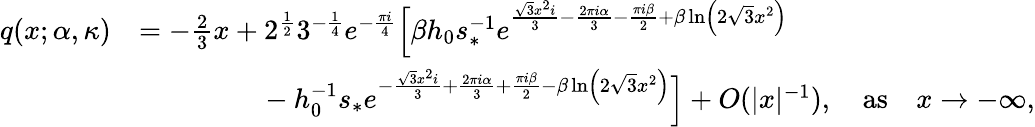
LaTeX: \begin{array}{rl}{q(x;\alpha,\kappa)}&{=-\frac{2}{3}x+2^{\frac{1}{2}}3^{-\frac{1}{4}}e^{-\frac{\pi i}{4}}\Big[{\beta}h_{0}s_{*}^{-1}e^{\frac{\sqrt{3}x^{2}i}{3}-\frac{2\pi i\alpha}{3}-\frac{\pi i{\beta}}{2}+{\beta}\ln\left(2\sqrt{3}x^{2}\right)}}\\ &{\qquad\qquad\ -h_{0}^{-1}s_{*}e^{-\frac{\sqrt{3}x^{2}i}{3}+\frac{2\pi i\alpha}{3}+\frac{\pi i{\beta}}{2}-{\beta}\ln\left(2\sqrt{3}x^{2}\right)}\Big]+O(|x|^{-1}),\quad\mathrm{as}\quad x\rightarrow-\infty,}\end{array}